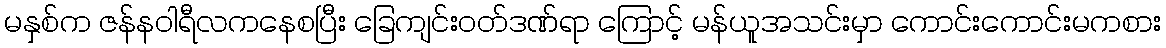
မနှစ်က ဇန်နဝါရီလကနေစပြီး ခြေကျင်းဝတ်ဒဏ်ရာ ကြောင့် မန်ယူအသင်းမှာ ကောင်းကောင်းမကစား